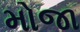
મોજા